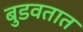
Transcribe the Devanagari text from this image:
बुडवतात